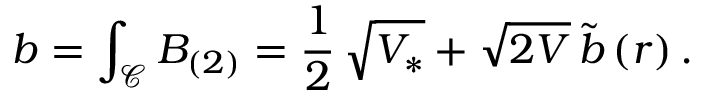
b = \int _ { \mathcal { C } } B _ { ( 2 ) } = \frac { 1 } { 2 } \, \sqrt { V _ { * } } + \sqrt { 2 V } \, \tilde { b } \, ( r ) \, .